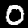
Digit: 0